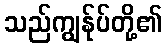
သည်ကျွန်ုပ်တို့၏